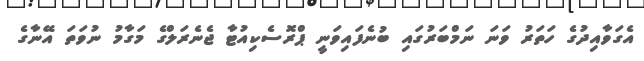
އެގަވާއިދުގެ ހަތަރު ވަނަ ނަމްބަރުގައި ބުނެފައިވަނީ ޕްރޮސެކިއުޓާ ޖެނެރަލްގެ މަގާމު ނުވަތަ އޭނާގެ